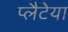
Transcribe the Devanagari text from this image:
प्लैटेया